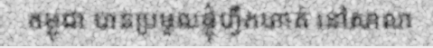
កម្ពុជា បានប្រមូលផ្តុំហ្វឹកហាត់ នៅសាលា